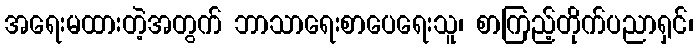
အရေးမထားတဲ့အတွက် ဘာသာရေးစာပေရေးသူ၊ စာကြည့်တိုက်ပညာရှင်၊